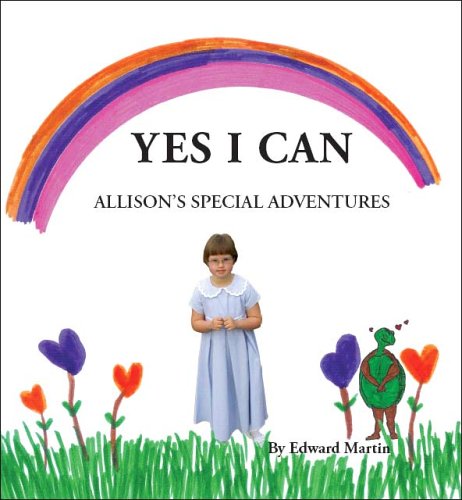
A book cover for Yes I Can: Allison's Special Adventures; Edward Martin; Health, Fitness & Dieting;